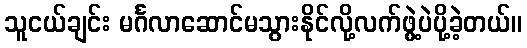
သူငယ်ချင်း မင်္ဂလာဆောင်မသွားနိုင်လို့လက်ဖွဲ့ပဲပို့ခဲ့တယ်။